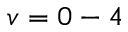
v = 0 - 4